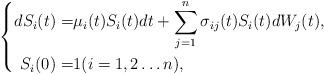
LaTeX: \begin{align*}\left\{\begin{aligned}dS_i(t)=&\mu_i(t)S_i(t)dt+\sum_{j=1}^n\sigma_{ij}(t)S_i(t)dW_j(t),\\S_i(0)=&1(i=1,2\ldots n),\end{aligned}\right.\end{align*}